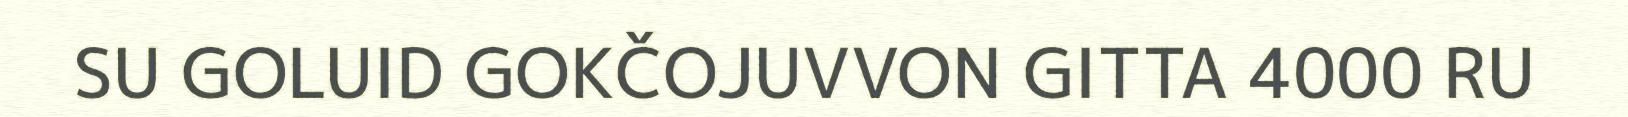
SU GOLUID GOKČOJUVVON GITTA 4000 RU